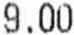
9.00